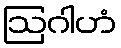
ဩဂါဟံ